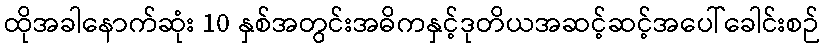
ထိုအခါနောက်ဆုံး 10 နှစ်အတွင်းအဓိကနှင့်ဒုတိယအဆင့်ဆင့်အပေါ်ခေါင်းစဉ်